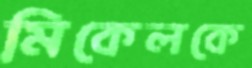
মিকেলকে